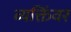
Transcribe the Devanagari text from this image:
व्यक्तिंवर